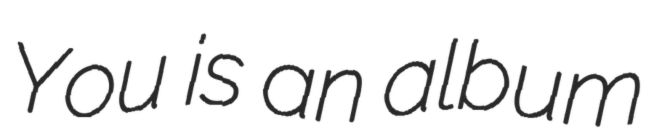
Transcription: You is an album